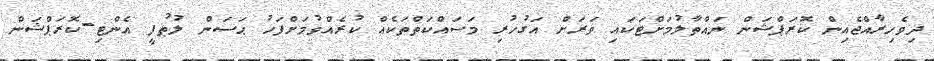
ދިވެހިރާއްޖެއިން ކޮރަޕްޝަން ނައްތާލުމަށްޓަކައި ވަރަށް އަގުހުރި މަސައްކަތްތަކެއް ކުރެއްވުމަށްފަހު ޙަސަން ލުޠުފީ އެންޓި-ކޮރަޕްޝަން